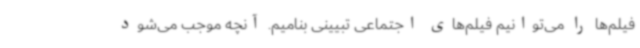
فیلم‌ها را می‌توانیم فیلم‌های اجتماعی تبیینی بنامیم. آنچه موجب می‌شود